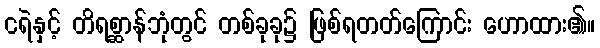
ငရဲနှင့် တိရစ္ဆာန်ဘုံတွင် တစ်ခုခု၌ ဖြစ်ရတတ်ကြောင်း ဟောထား၏။